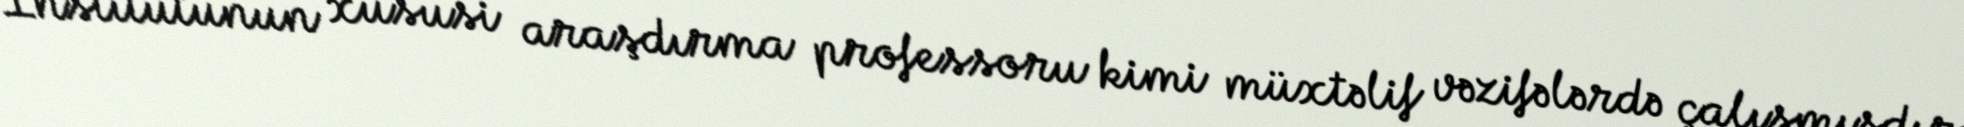
İnstitutunun xüsusi araşdırma professoru kimi müxtəlif vəzifələrdə çalışmışdır.